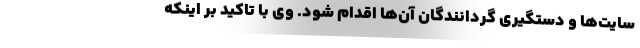
سایت‌ها و دستگیری گردانندگان آن‌ها اقدام شود. وی با تاکید بر اینکه